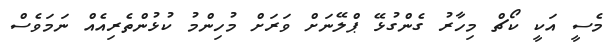
މެސީ އަކީ ކޯޗް މިހާރު ގެންގުޅޭ ޕްލޭނަށް ވަރަށް މުހިންމު ކުޅުންތެރިއެއް ނަމަވެސް